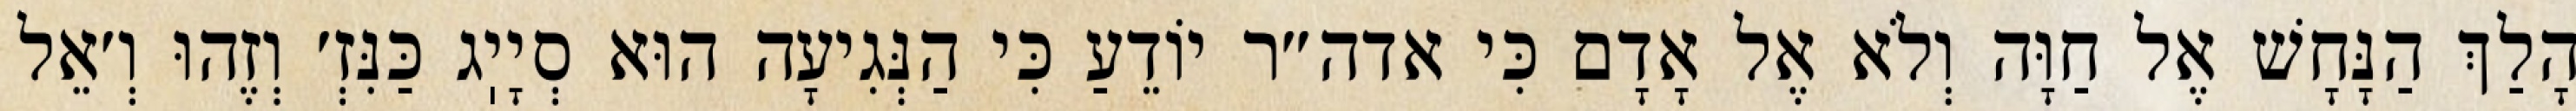
הָלַךְ הַנָּחָשׁ אֶל חַוָּה וְלֹא אֶל אָדָם כִּי אדה״ר יוֹדֵעַ כִּי הַנְּגִיעָה הוּא סְיָיֽג כַּנִּזְ׳ וְזֶהוּ וְ׳אֵל